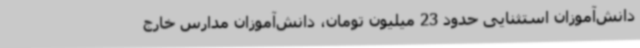
دانش‌آموزان استثنایی حدود 23 میلیون تومان، دانش‌آموزان مدارس خارج